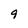
Character: 9